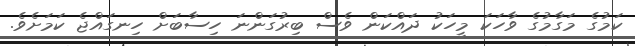
ކަމުގެ މަގާމުގެ ވާހަކަ މީހަކު ދައްކަން ވެސް ބިރުގަންނަ ހިސާބަށް ހިނގައްޖެ ކަމަށެވެ.